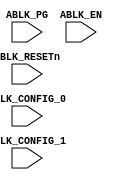
/*
 * MBus Copyright 2015 Regents of the University of Michigan
 *
 * Licensed under the Apache License, Version 2.0 (the "License");
 * you may not use this file except in compliance with the License.
 * You may obtain a copy of the License at
 *
 *     http://www.apache.org/licenses/LICENSE-2.0
 *
 * Unless required by applicable law or agreed to in writing, software
 * distributed under the License is distributed on an "AS IS" BASIS,
 * WITHOUT WARRANTIES OR CONDITIONS OF ANY KIND, either express or implied.
 * See the License for the specific language governing permissions and
 * limitations under the License.
 */

//*******************************************************************************************
//Description: 	  MBUS Analog Block Example
//		  Custom Block
//Update History: Feb 25 2014 - First commit
//******************************************************************************************* 

module ablk
  (
   //**************************************
   //Power Domain
   //Input  - Own Power Domain
   //Output - N/A
   //**************************************
   //Signals
   //Input
   ABLK_PG,	 //Active High
   ABLK_RESETn,  //Active Low
   ABLK_EN,	 //Active High
   ABLK_CONFIG_0,//Config Bits
   ABLK_CONFIG_1 //Config Bits
   //Output
   );

   input       ABLK_PG;
   input       ABLK_RESETn;
   input       ABLK_EN;
   input [3:0] ABLK_CONFIG_0;
   input [3:0] ABLK_CONFIG_1;

   always @(ABLK_PG) begin
      $write("%c[1;34m",27); 
      $display("ablk Input ABLK_PG Has been changed to:%x", ABLK_PG);
      $write("%c[0m",27);
   end

   always @(ABLK_RESETn) begin
      $write("%c[1;34m",27); 
      $display("ablk Input ABLK_RESETn Has been changed to:%x", ABLK_RESETn);
      $write("%c[0m",27);
   end

   always @(ABLK_EN) begin
      $write("%c[1;34m",27); 
      $display("ablk Input ABLK_EN Has been changed to:%x", ABLK_EN);
      $write("%c[0m",27);
   end

   always @(ABLK_CONFIG_0) begin
      $write("%c[1;34m",27); 
      $display("ablk Input ABLK_CONFIG_0 Has been changed to:%x", ABLK_CONFIG_0);
      $write("%c[0m",27);
   end

   always @(ABLK_CONFIG_1) begin
      $write("%c[1;34m",27); 
      $display("ablk Input ABLK_CONFIG_1 Has been changed to:%x", ABLK_CONFIG_1);
      $write("%c[0m",27);
   end

endmodule // ablk